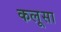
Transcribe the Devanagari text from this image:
कलूसा